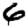
Digit: 6